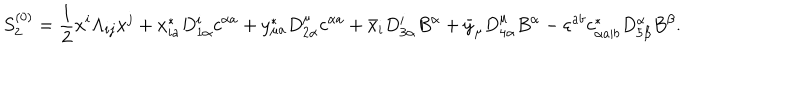
S _ { 2 } ^ { ( 0 ) } = { \frac { 1 } { 2 } } x ^ { i } \Lambda _ { i j } x ^ { j } + x _ { i a } ^ { * } D _ { 1 \alpha } ^ { i } c ^ { \alpha a } + y _ { \mu a } ^ { * } D _ { 2 \alpha } ^ { \mu } c ^ { \alpha a } + \bar { x } _ { i } D _ { 3 \alpha } ^ { i } B ^ { \alpha } + \bar { y } _ { \mu } D _ { 4 \alpha } ^ { \mu } B ^ { \alpha } - \varepsilon ^ { a b } c _ { \alpha a | b } ^ { * } D _ { 5 \beta } ^ { \alpha } B ^ { \beta } .